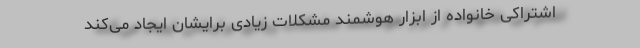
اشتراکی خانواده از ابزار هوشمند مشکلات زیادی برایشان ایجاد می‌کند